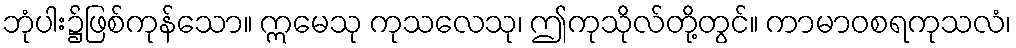
ဘုံပါး၌ဖြစ်ကုန်သော။ ဣမေသု ကုသလေသု၊ ဤကုသိုလ်တို့တွင်။ ကာမာဝစရကုသလံ၊